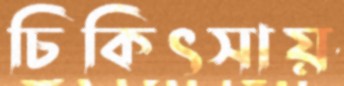
চিকিৎসায়